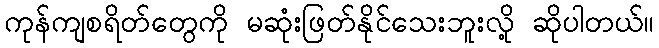
ကုန်ကျစရိတ်တွေကို မဆုံးဖြတ်နိုင်သေးဘူးလို့ ဆိုပါတယ်။